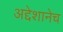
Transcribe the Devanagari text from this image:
अद्देशानेच